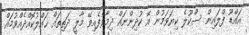
އައްޑޫ ފްލައިން ސްކޫލެ ކިޔަވަމުން އޭ ކުދިންނައް ދިމާވެފެއިވޭ މާލީ ދަތިތައް ޙައްލުކޮއްދެއްވުމައް